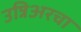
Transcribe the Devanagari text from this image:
उन्निअरचा